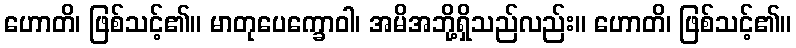
ဟောတိ၊ ဖြစ်သင့်၏။ မာတုပေက္ခောဝါ၊ အမိအဘို့ရှိသည်လည်း။ ဟောတိ၊ ဖြစ်သင့်၏။